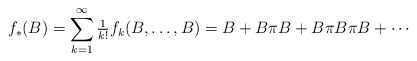
\begin{align*}f_{*}(B) = \sum_{k=1}^{\infty}\tfrac{1}{k!}f_{k}(B,\ldots, B) = B + B\pi B + B\pi B \pi B + \cdots\end{align*}